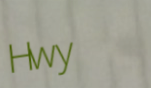
Hwy